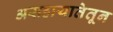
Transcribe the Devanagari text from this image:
असहायातेतून